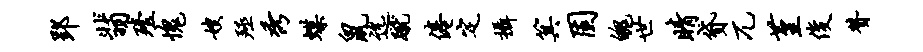
郢翡殪愧嫂殛秀蝶鼠迄蹴倦定摄箕固魄世睛贷兀堇俊赞